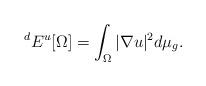
LaTeX: \begin{align*}{^d}E^u [\Omega] =\int_{{\Omega}}|\nabla u|^2 d\mu_g.\end{align*}